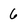
Character: 6